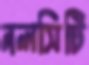
নলসিটি